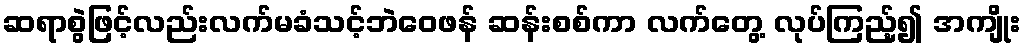
ဆရာစွဲဖြင့်လည်းလက်မခံသင့်ဘဲဝေဖန် ဆန်းစစ်ကာ လက်တွေ့ လုပ်ကြည့်၍ အကျိုး